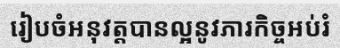
រៀបចំអនុវត្តបានល្អនូវភារកិច្ចអប់រំ